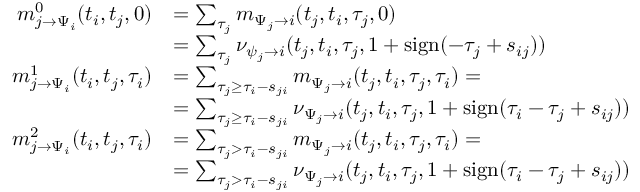
\begin{array} { r l } { m _ { j \to \Psi _ { i } } ^ { 0 } ( t _ { i } , t _ { j } , 0 ) } & { = \sum _ { \tau _ { j } } m _ { \Psi _ { j } \to i } ( t _ { j } , t _ { i } , \tau _ { j } , 0 ) } \\ & { = \sum _ { \tau _ { j } } \nu _ { \psi _ { j } \to i } ( t _ { j } , t _ { i } , \tau _ { j } , 1 + \mathrm { s i g n } ( - \tau _ { j } + s _ { i j } ) ) } \\ { m _ { j \to \Psi _ { i } } ^ { 1 } ( t _ { i } , t _ { j } , \tau _ { i } ) } & { = \sum _ { \tau _ { j } \geq \tau _ { i } - s _ { j i } } m _ { \Psi _ { j } \to i } ( t _ { j } , t _ { i } , \tau _ { j } , \tau _ { i } ) = } \\ & { = \sum _ { \tau _ { j } \geq \tau _ { i } - s _ { j i } } \nu _ { \Psi _ { j } \to i } ( t _ { j } , t _ { i } , \tau _ { j } , 1 + \mathrm { s i g n } ( \tau _ { i } - \tau _ { j } + s _ { i j } ) ) } \\ { m _ { j \to \Psi _ { i } } ^ { 2 } ( t _ { i } , t _ { j } , \tau _ { i } ) } & { = \sum _ { \tau _ { j } > \tau _ { i } - s _ { j i } } m _ { \Psi _ { j } \to i } ( t _ { j } , t _ { i } , \tau _ { j } , \tau _ { i } ) = } \\ & { = \sum _ { \tau _ { j } > \tau _ { i } - s _ { j i } } \nu _ { \Psi _ { j } \to i } ( t _ { j } , t _ { i } , \tau _ { j } , 1 + \mathrm { s i g n } ( \tau _ { i } - \tau _ { j } + s _ { i j } ) ) } \end{array}